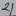
Text: 21